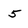
Character: 5